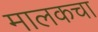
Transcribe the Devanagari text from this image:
मालकचा